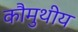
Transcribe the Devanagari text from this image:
कौमुथीय